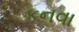
કનવા